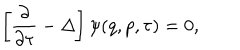
\left[ \frac { \partial } { \partial \tau } - \Delta \right] \psi ( q , p , \tau ) = 0 ,